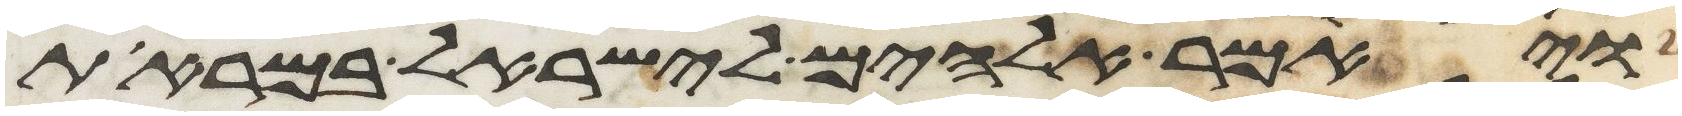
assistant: ויאמר אלהים לישראל במראות